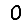
Digit: 0